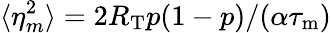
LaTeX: \langle\eta_{m}^{2}\rangle=2R_{\mathrm{T}}p(1-p)/(\alpha{\tau_{\mathrm{m}}})